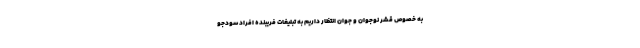
به خصوص قشر نوجوان و جوان انتظار داریم به تبلیغات فریبنده افراد سودجو